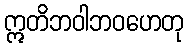
ဣတိဘဝါဘဝဟေတု